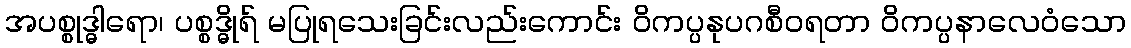
အပစ္စုဒ္ဓါရော၊ ပစ္စဒ္ဓိုရ် မပြုရသေးခြင်းလည်းကောင်း ဝိကပ္ပနုပဂစီဝရတာ ဝိကပ္ပနာလေဝံသော